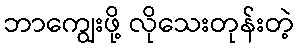
ဘာကျွေးဖို့ လိုသေးတုန်းတဲ့